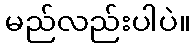
မည်လည်းပါပဲ။